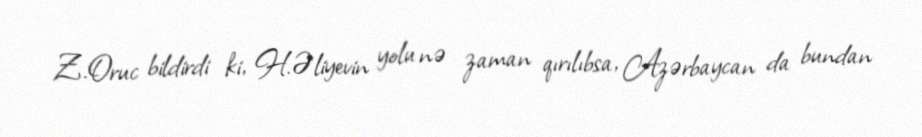
Z.Oruc bildirdi ki, H.Əliyevin yolu nə zaman qırılıbsa, Azərbaycan da bundan